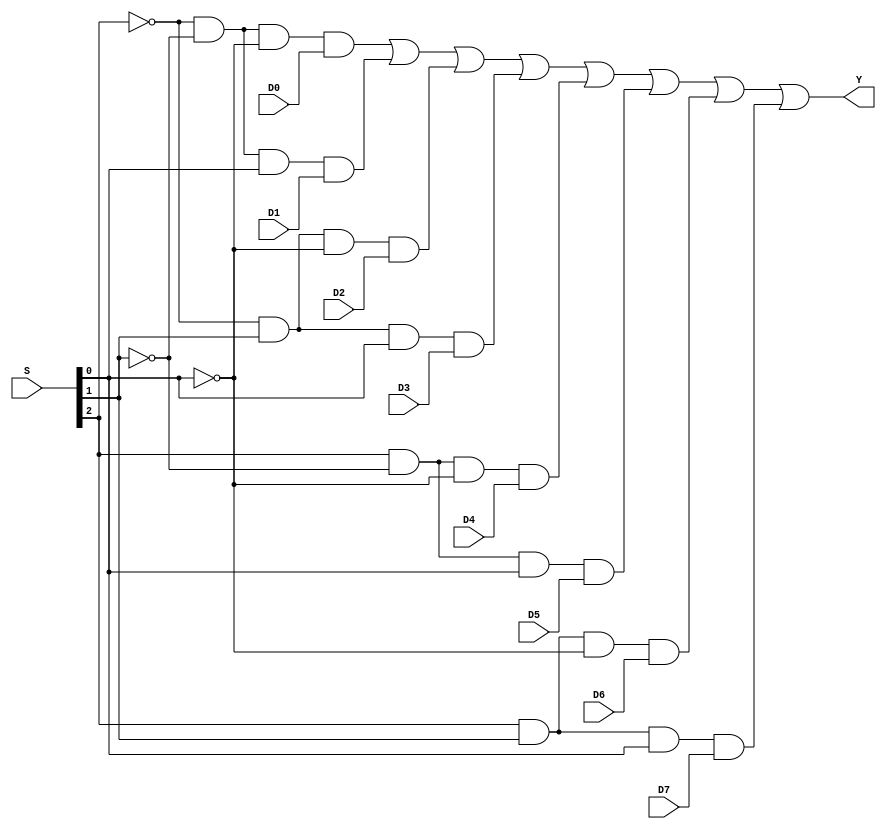
module mux8_1_gate(input D0,D1,D2,D3,D4,D5,D6,D7, input [2:0]S,output Y);
 
wire inv0, inv1, inv2; // Inverter outputs.
wire a0, a1, a2, a3, a4, a5, a6, a7 ; // AND gates outputs.

// Inverters.
not not_0 (inv0, S[0]);
not not_1 (inv1, S[1]);
not not_2 (inv2, S[2]);
 

// 3-input AND gates.
 and and_0 (a0, inv2, inv1, inv0,D0);
and and_1 (a1, inv2, inv1, S[0],D1);
and and_2 (a2, inv2, S[1], inv0,D2);
and and_3 (a3, inv2, S[1], S[0],D3);
and and_4 (a4, S[2], inv1, inv0,D4);
and and_5 (a5, S[2], inv1, S[0],D5);
and and_6 (a6, S[2], S[1], inv0,D6);
and and_7 (a7, S[2], S[1], S[0],D7); 

 

// 8-input OR gate.
or or_0(Y, a0, a1, a2, a3, a4, a5, a6, a7);

endmodule